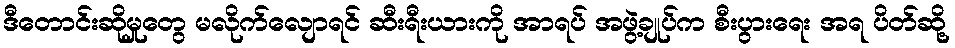
ဒီတောင်းဆိုမှုတွေ မလိုက်လျောရင် ဆီးရီးယားကို အာရပ် အဖွဲ့ချုပ်က စီးပွားရေး အရ ပိတ်ဆို့